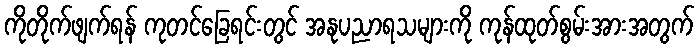
ကိုတိုက်ဖျက်ရန် ကုတင်ခြေရင်းတွင် အနုပညာရသများကို ကုန်ထုတ်စွမ်းအားအတွက်